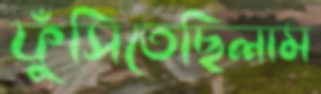
ফুঁসিতেছিলাম